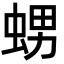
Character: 𧋱